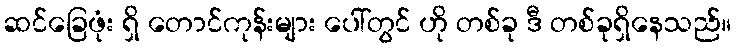
ဆင်ခြေဖုံး ရှိ တောင်ကုန်းများ ပေါ်တွင် ဟို တစ်ခု ဒီ တစ်ခုရှိနေသည်။